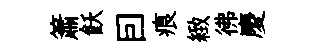
簫飫囙痕緻彿慶